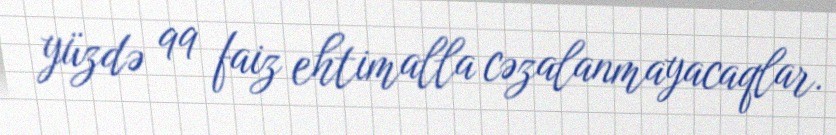
yüzdə 99 faiz ehtimalla cəzalanmayacaqlar.